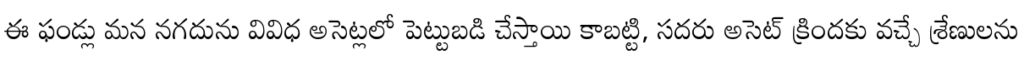
ఈ ఫండ్లు మన నగదును వివిధ అసెట్లలో పెట్టుబడి చేస్తాయి కాబట్టి, సదరు అసెట్ క్రిందకు వచ్చే శ్రేణులను